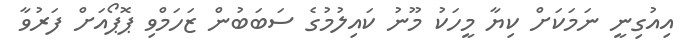
އިއުގިނީ ނަމަކަށް ކިޔާ މީހަކު މޫނު ކައިލުމުގެ ސަބަބުން ޒަހަމްވި ޕޮޕޯއަށް ފަރުވާ